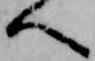
へ